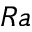
R a